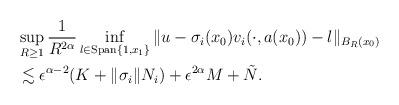
LaTeX: \begin{align*}& \sup_{R \geq 1} \frac{ 1}{R^{2\alpha}} \displaystyle\inf_{l \in \textrm{Span}\{1, x_1 \}} \| u - \sigma_i(x_0) v_{i}(\cdot, a(x_0)) - l \|_{B_R(x_0)}\\ & \lesssim \epsilon^{\alpha -2 } (K + \|\sigma_i \| N_i)+ \epsilon^{2\alpha} M + \tilde{N}. \end{align*}